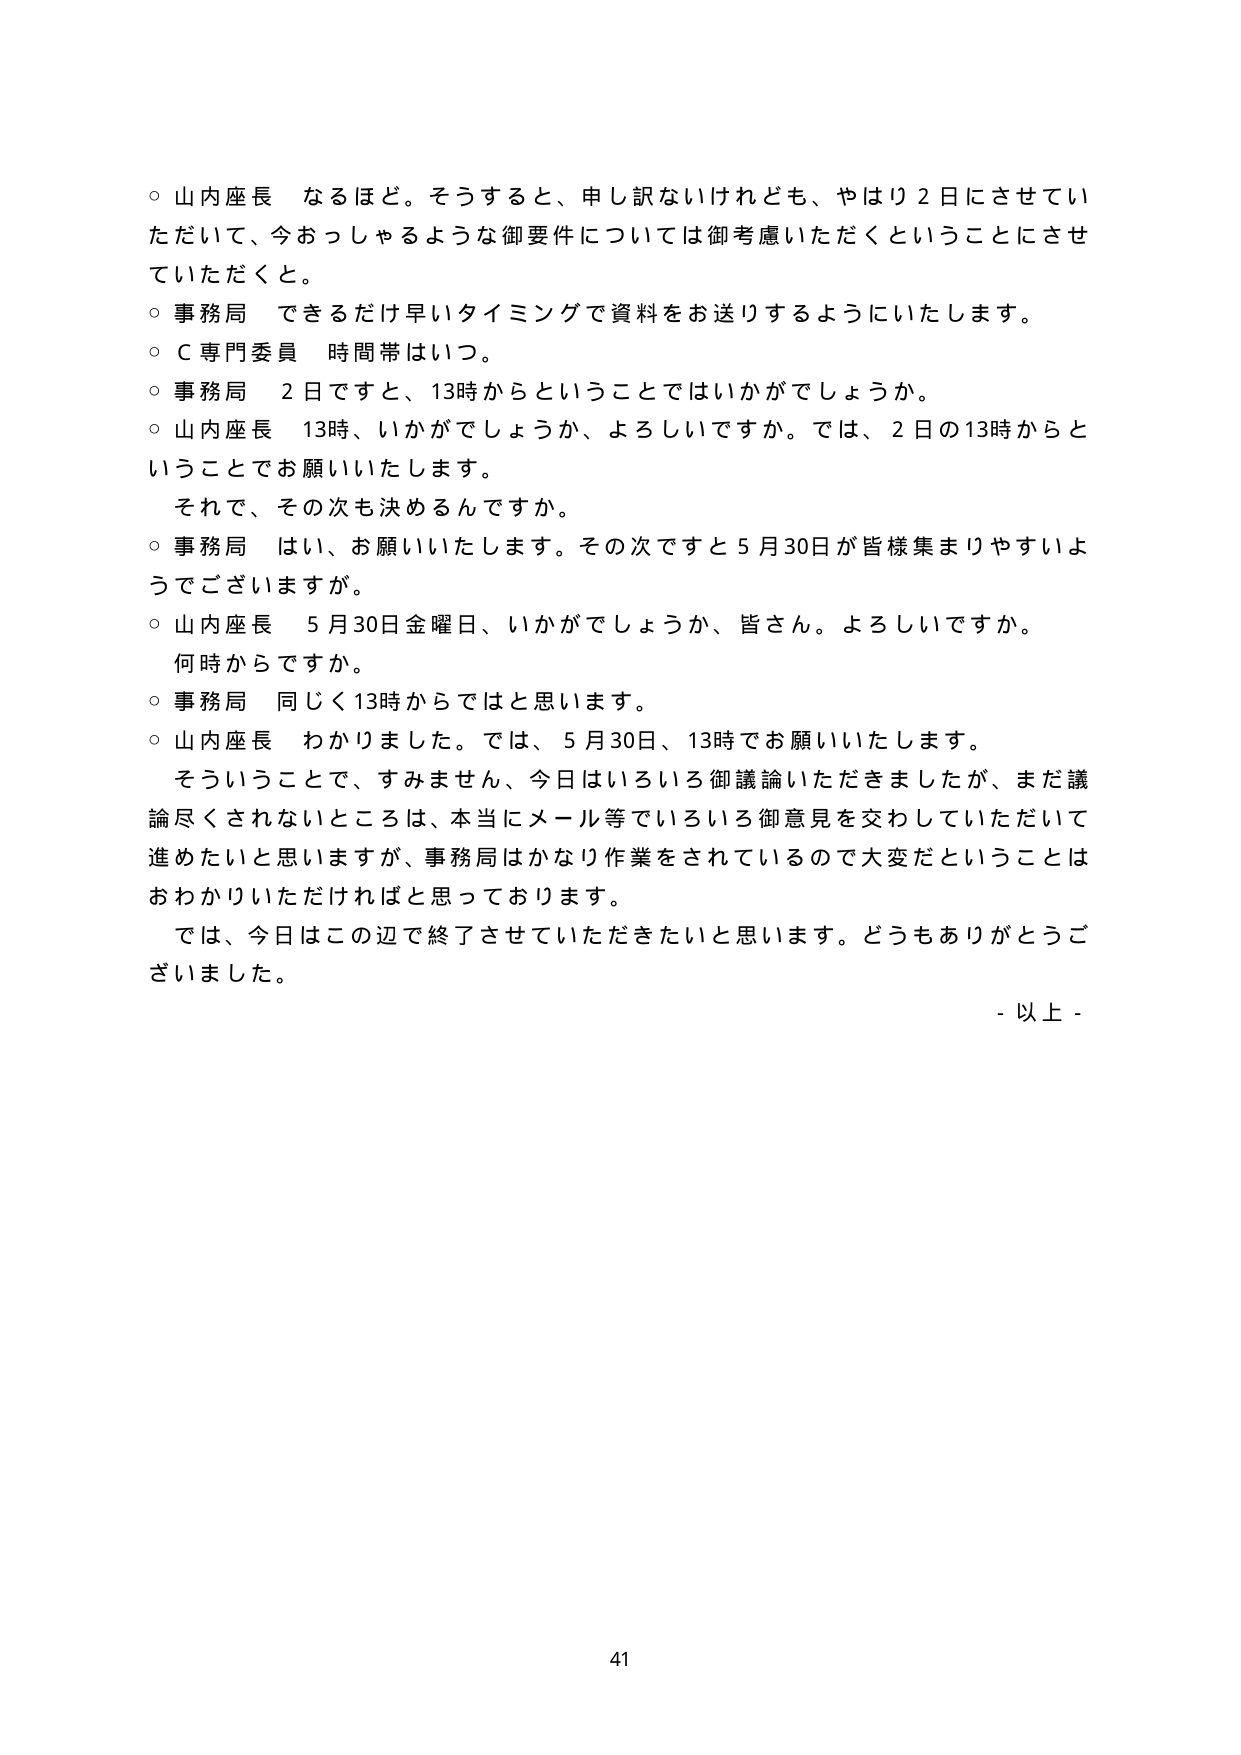
○ 山内座長 なるほど。そうすると、申し訳ないけれども、やはり２日にさせていただい て、今おっしゃるような御要件については御考慮いただくということにさせていただきたくと。

○ 事務局 できるだけ早いタイミングで資料をお送りするようにいたします。

○ Ｃ専門委員 時間帯はいつ。

○ 事務局 ２日ですと、13時からということではいかがでしょうか。

○ 山内座長 13時、いかがでしょうか、よろしいですか。では、２日の13時からということでお願いいたします。

　それで、その次も決めるんですか。

○ 事務局 はい、お願いいたします。その次ですと５月30日が皆様集まりやすいようでございますが。

○ 山内座長 ５月30日金曜日、いかがでしょうか、皆さん。よろしいですか。

　何時からですか。

○ 事務局 同じく13時からではと思います。

○ 山内座長 わかりました。では、５月30日、13時でお願いいたします。

　そういうことで、すみません、今日はいろいろ御議論いただきましたが、まだ議論尽くされないところは、本当にメール等でいろいろ御意見を交わしていただいて進めたいと思いますが、事務局はかなり作業をされているので大変だということはおわかりいただければと思っております。

　では、今日はこの辺で終了させていただきたいと思います。どうもありがとうございました。

- 以上 -

41